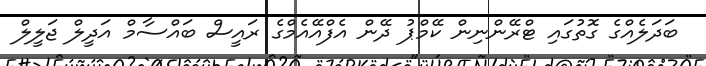
ބަދަލެއްގެ ގޮތުގައި ޓްރޭންނިން ކޭމްޕު ދޭން އެފްއޭއެމްގެ ރައީސް ބައްސާމް އަދީލް ޖަލީލް